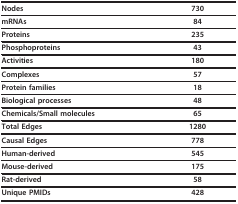
<table><thead><tr><td><b>Nodes</b></td><td><b>730</b></td></tr></thead><tbody><tr><td><b>mRNAs</b></td><td><b>84</b></td></tr><tr><td><b>Proteins</b></td><td><b>235</b></td></tr><tr><td><b>Phosphoproteins</b></td><td><b>43</b></td></tr><tr><td><b>Activities</b></td><td><b>180</b></td></tr><tr><td><b>Complexes</b></td><td><b>57</b></td></tr><tr><td><b>Protein families</b></td><td><b>18</b></td></tr><tr><td><b>Biological processes</b></td><td><b>48</b></td></tr><tr><td><b>Chemicals/Small molecules</b></td><td><b>65</b></td></tr><tr><td><b>Total Edges</b></td><td><b>1280</b></td></tr><tr><td><b>Causal Edges</b></td><td><b>778</b></td></tr><tr><td><b>Human-derived</b></td><td><b>545</b></td></tr><tr><td><b>Mouse-derived</b></td><td><b>175</b></td></tr><tr><td><b>Rat-derived</b></td><td><b>58</b></td></tr><tr><td><b>Unique PMIDs</b></td><td><b>428</b></td></tr></tbody></table>